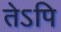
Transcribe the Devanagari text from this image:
तेऽपि